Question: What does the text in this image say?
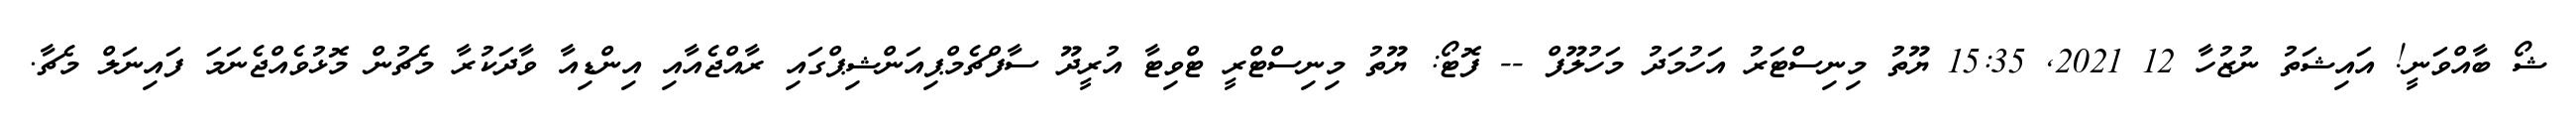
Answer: ޝޯ ބާއްވަނީ! އައިޝަތު ނުޒުހާ 12 2021, 15:35 ޔޫތު މިނިސްޓަރު އަހުމަދު މަހުލޫފް -- ފޮޓޯ: ޔޫތު މިނިސްޓްރީ ޓްވިޓާ އުރީދޫ ސާފްޗެމްޕިއަންޝިޕްގައި ރާއްޖެއާއި އިންޑިއާ ވާދަކުރާ މެޗުން މޮޅުވެއްޖެނަމަ ފައިނަލް މެޗާ.